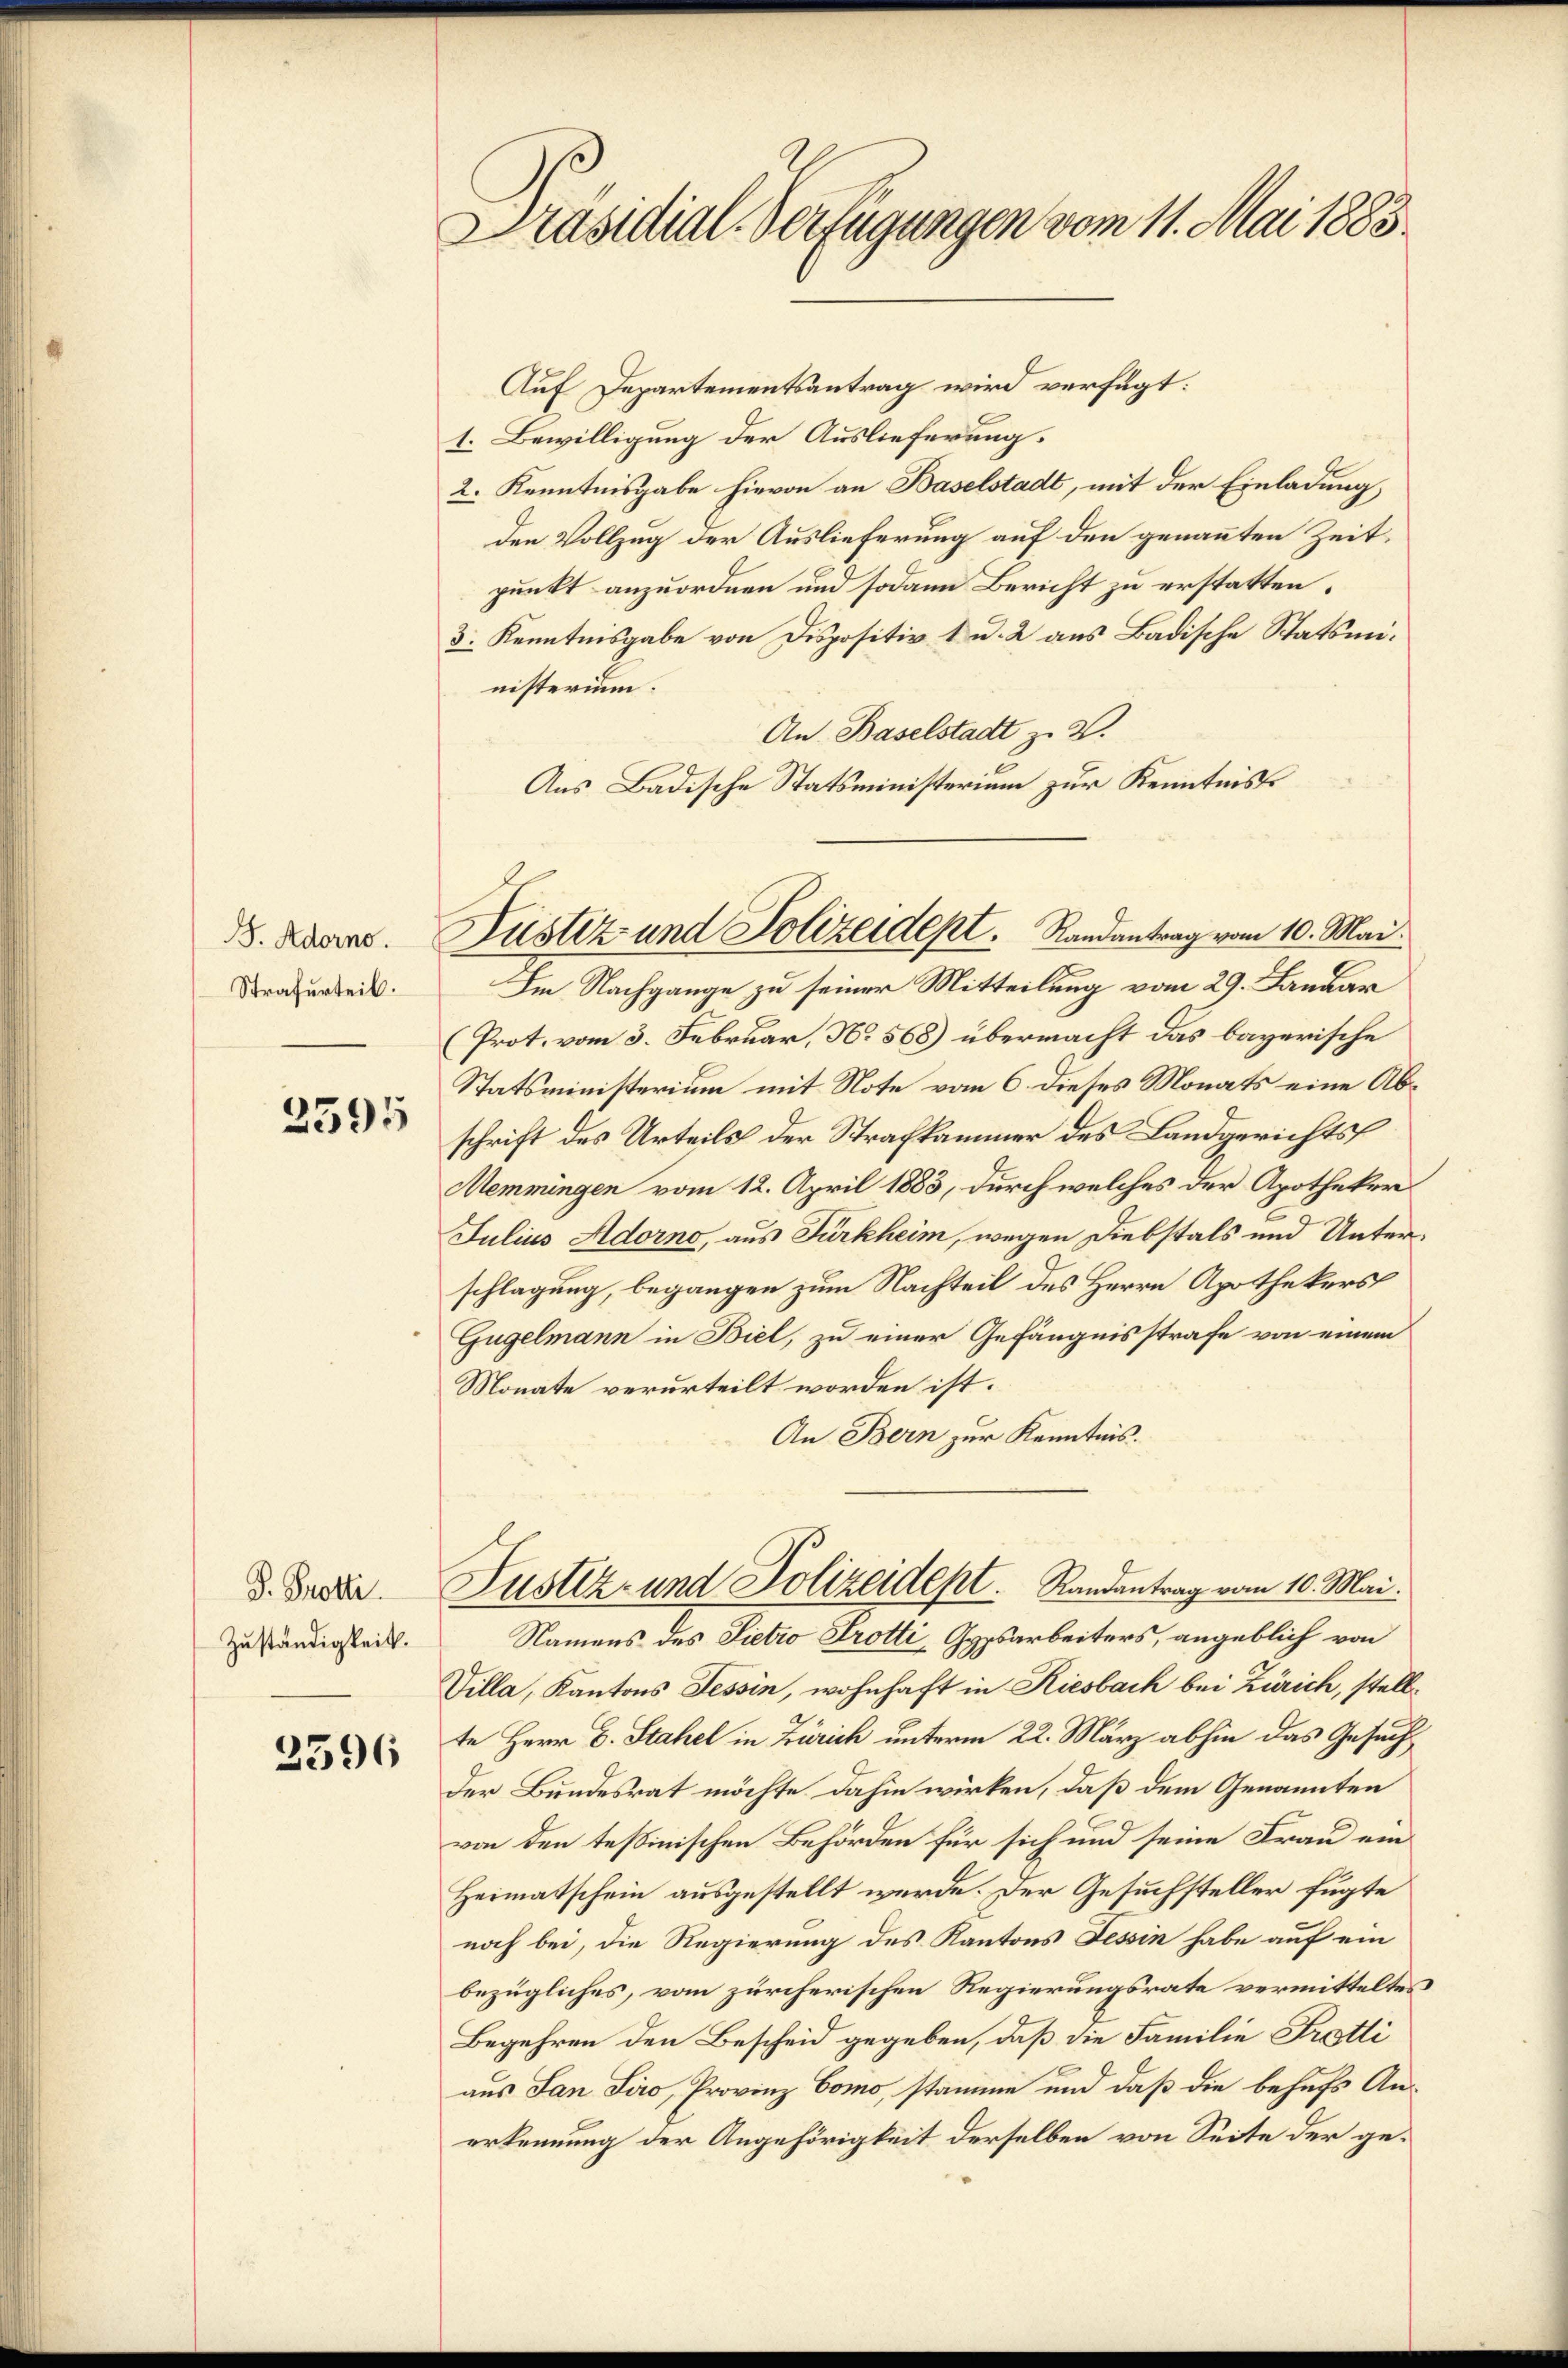
F. Adorno.
Strafurteil.

2595

P. Protti
Zuständigkeit.

2596

Präsidial-Verfügungen vom 11. Mai 1883.

Auf Departementsantrag wird verfügt:
1. Bewilligung der Auslieferung.
2. Kenntnisgabe hievon an Baselstadt, mit der Einladung,
den Vollzug der Auslieferung auf den genannten Zeit,
punkt anzuordnen und sodann Bericht zu erstatten.
3. Kenntnisgabe von Dispositiv 1 u. 2 aus Badische Statsministerium.
An. Baselstadt z. B.
Aus Badische Statsministerium zur Kenntniss
Im Nachgange zu seiner Mitteilung vom 29. Januar
(Prot. vom 3. Februar, No. 568) übermacht das bayerische
Statsministerium mit Note vom 6. dieses Monats eine Abschrift des Urteils der Strafkammer des Landgerichts
Memmingen vom 12. April 1883, durch welches der Apotheker
Julius Adorno, aus Fürkheim, wegen Diebstals und Unterschlagung, begangen zum Nachteil des Herrn Apothekers
Gügelmann in Biel, zu einer Gefängnisstrafe von einem
Monate verurteilt worden ist.
An Bern zur Kenntnis.
Fustiz- und Polizeidept. Randantrag vom 10. Mai.
Namens des Sietro Protti, Gypsarbeiters, angeblich von
Villa, Kantons Tessin, wohnhaft in Riesbach bei Zürich, stellte Herr C. Stahel in Zürich unterm 22. März abhin das Gesuch
Der Bundesrat möchte dahin wirken, daß dem Genannten
von den tessinischen Behörden für sich und seine Frau ein¬
Heimatschein ausgestellt werde. Der Gesuchsteller fügte
noch bei, die Regierung des Kantons Tessin habe auf ein
bezügliches, vom zürcherischen Regierungsrate vermitteltes
Begehren den Bescheid gegeben, daß die Familie Trostli
aus San Siro, Provinz Como, stamme und daß die behufs An-
erkennung der Angehörigkeit derselben von Seite der ge¬

Justiz und Polizeidept. Randantrag vom 10. Mai.